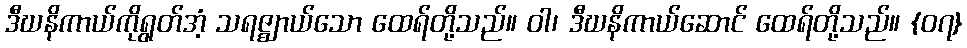
ဒီဃနိကာယ်ကိုရွတ်အံ့ သရဇ္ဈာယ်သော ထေရ်တို့သည်။ ဝါ၊ ဒီဃနိကာယ်ဆောင် ထေရ်တို့သည်။ {၀၇}